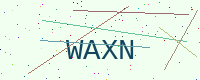
Text: WAXN